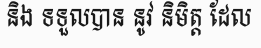
និង ទទួលបាន នូវ និមិត្ត ដែល